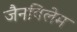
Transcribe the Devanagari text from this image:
जैनविलेम